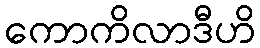
ကောကိလာဒီဟိ